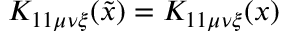
K _ { 1 1 \mu \nu \xi } ( \tilde { x } ) = K _ { 1 1 \mu \nu \xi } ( x )